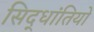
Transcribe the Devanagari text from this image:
सिद्धांतियों